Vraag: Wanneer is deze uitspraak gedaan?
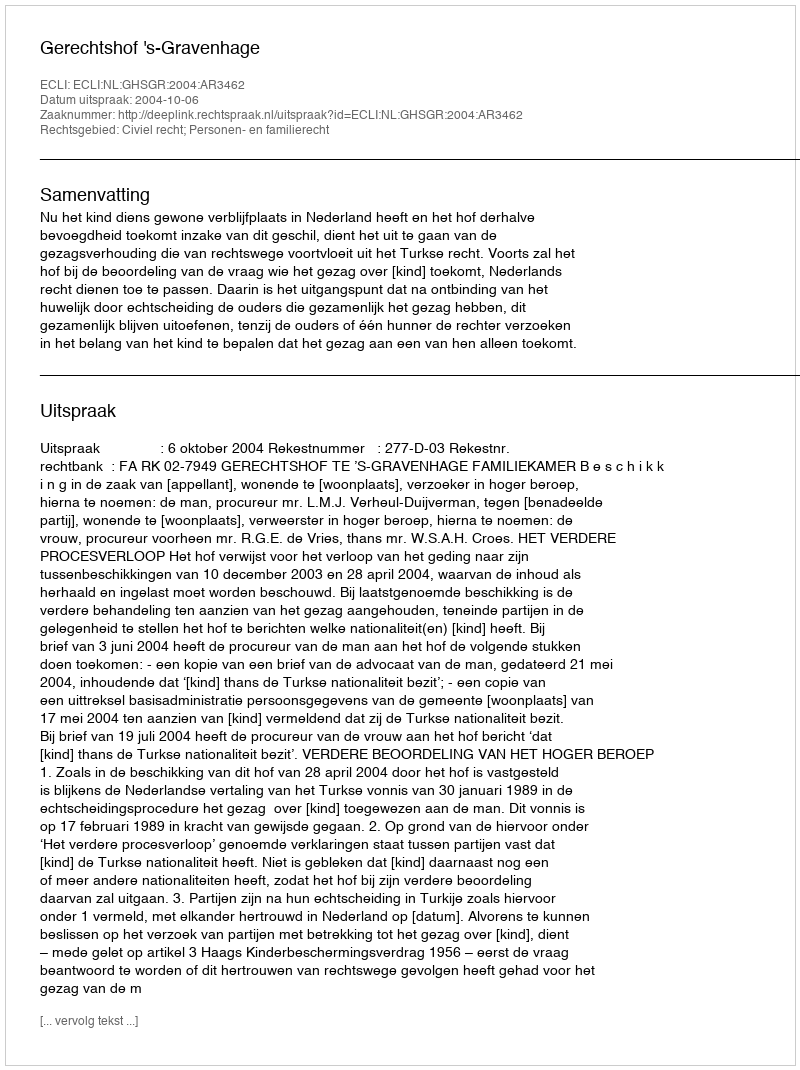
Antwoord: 2004-10-06